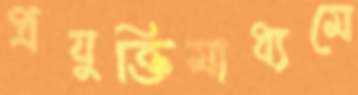
প্রযুক্তিমাধ্যমে